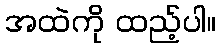
အထဲကို ထည့်ပါ။